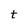
Character: t